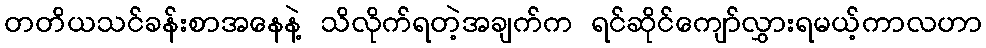
တတိယသင်ခန်းစာအနေနဲ့ သိလိုက်ရတဲ့အချက်က ရင်ဆိုင်ကျော်လွှားရမယ့်ကာလဟာ